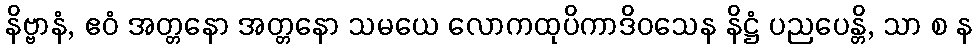
နိဗ္ဗာနံ, ဧဝံ အတ္တနော အတ္တနော သမယေ လောကထုပိကာဒိဝသေန နိဋ္ဌံ ပညပေန္တိ, သာ စ န